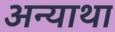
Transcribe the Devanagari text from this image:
अन्याथा